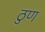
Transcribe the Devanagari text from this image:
ठुण